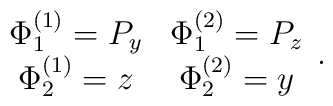
\begin{array}{cc}\Phi^{(1)}_1=P_y & \Phi^{(2)}_1=P_z \\ \Phi^{(1)}_2=z &\Phi^{(2)}_2=y \end{array}.